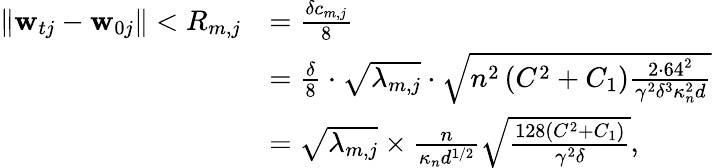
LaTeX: \begin{array}{rl}{\| \mathbf{w}_{tj}-\mathbf{w}_{0j}\| <R_{m,j}}&{=\frac{\delta c_{m,j}}{8}}\\ &{=\frac{\delta}{8}\cdot\sqrt{\lambda_{m,j}}\cdot\sqrt{n^{2}\left(C^{2}+C_{1}\right)\frac{2\cdot 64^{2}}{\gamma^{2}\delta^{3}\kappa_{n}^{2}d}}}\\ &{=\sqrt{\lambda_{m,j}}\times\frac{n}{\kappa_{n}d^{1/2}}\sqrt{\frac{128(C^{2}+C_{1})}{\gamma^{2}\delta}},}\end{array}